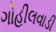
ગોહીલવાડી